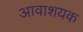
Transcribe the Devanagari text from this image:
आवाशयक